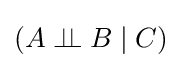
(A\perp \!\!\!\perp B\mid C)